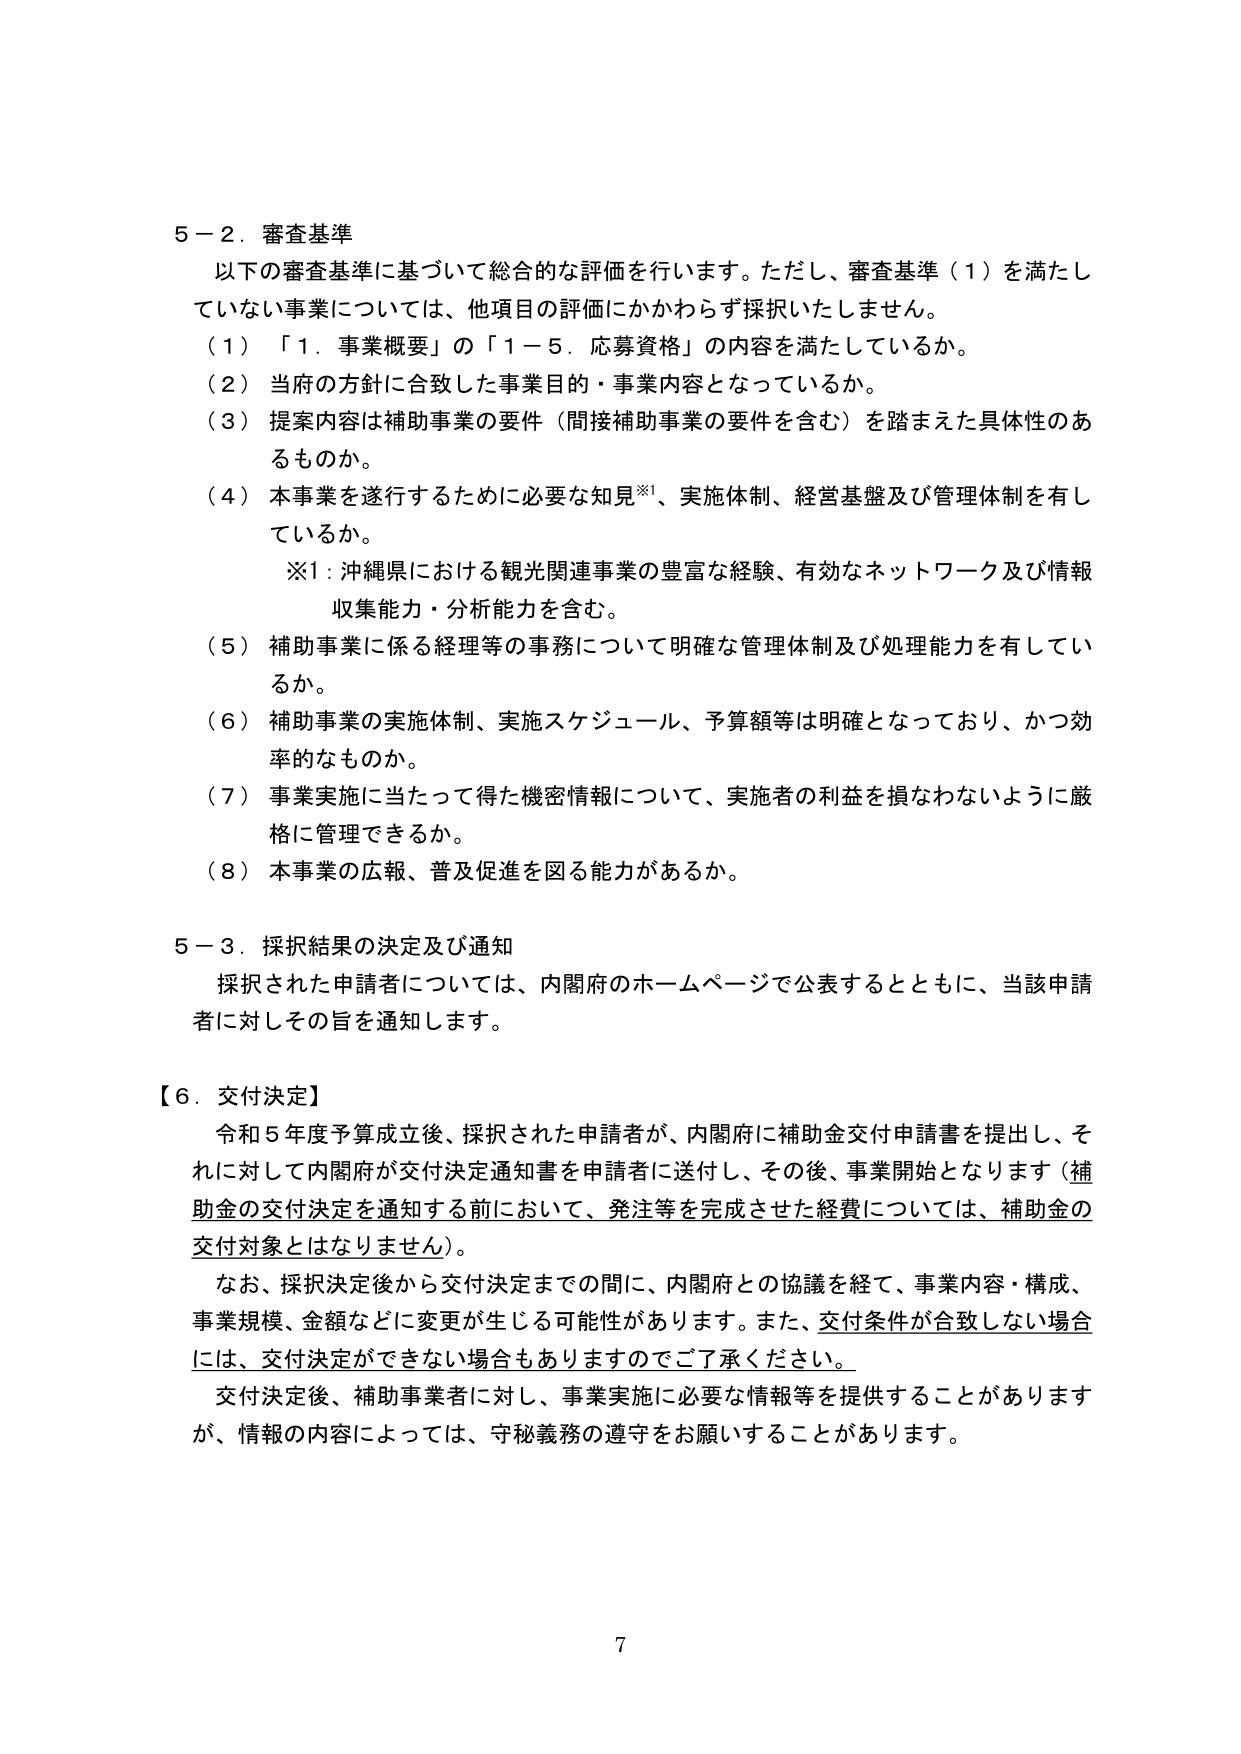
5－2．審査基準
以下の審査基準に基づいて総合的な評価を行います。ただし、審査基準（1）を満たしていない事業については、他項目の評価にかかわらず採択いたしません。
（1）「1．事業概要」の「1－5．応募資格」の内容を満たしているか。
（2）当府の方針に合致した事業目的・事業内容となっているか。
（3）提案内容は補助事業の要件（間接補助事業の要件を含む）を踏まえた具体性のあるものか。
（4）本事業を遂行するために必要な知見※1、実施体制、経営基盤及び管理体制を有しているか。
　　※1：沖縄県における観光関連事業の豊富な経験、有効なネットワーク及び情報収集能力・分析能力を含む。
（5）補助事業に係る経理等の事務について明確な管理体制及び処理能力を有しているか。
（6）補助事業の実施体制、実施スケジュール、予算額等は明確となっており、かつ効率的なものか。
（7）事業実施に当たって得た機密情報について、実施者の利益を損なわないように厳格に管理できるか。
（8）本事業の広報、普及促進を図る能力があるか。

5－3．採択結果の決定及び通知
採択された申請者については、内閣府のホームページで公表するとともに、当該申請者に対しその旨を通知します。

【6．交付決定】
令和5年度予算成立後、採択された申請者が、内閣府に補助金交付申請書を提出し、それに対して内閣府が交付決定通知書を申請者に送付し、その後、事業開始となります（補助金の交付決定を通知する前において、発注等を完成させた経費については、補助金の交付対象とはなりません）。
なお、採択決定後から交付決定までの間に、内閣府との協議を経て、事業内容・構成、事業規模、金額などに変更が生じる可能性があります。また、交付条件が合致しない場合には、交付決定ができない場合もありますのでご了承ください。
交付決定後、補助事業者に対し、事業実施に必要な情報等を提供することがありますが、情報の内容によっては、守秘義務の遵守をお願いすることがあります。

7